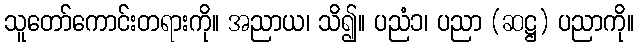
သူတော်ကောင်းတရားကို။ အညာယ၊ သိ၍။ ပညံ၁၊ ပညာ (ဆဋ္ဌ) ပညာကို။